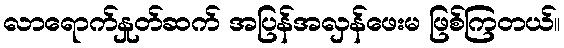
လာရောက်နှုတ်ဆက် အပြန်အလှန်ဖေးမ ဖြစ်ကြတယ်။